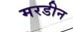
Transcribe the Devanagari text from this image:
मरडीन